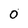
Character: 0